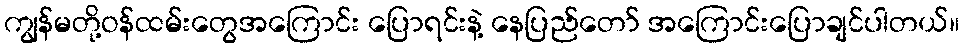
ကျွန်မတို့ဝန်ထမ်းတွေအကြောင်း ပြောရင်းနဲ့ နေပြည်တော် အကြောင်းပြောချင်ပါတယ်။